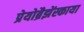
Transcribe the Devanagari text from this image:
प्रेयोब्रैझेंस्काया